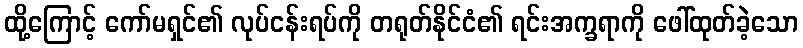
ထို့ကြောင့် ကော်မရှင်၏ လုပ်ငန်းရပ်ကို တရုတ်နိုင်ငံ၏ ရင်းအက္ခရာကို ဖေါ်ထုတ်ခဲ့သော